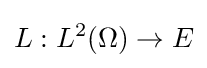
L:L^{2}(\Omega )\rightarrow E